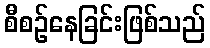
စီစဉ်နေခြင်းဖြစ်သည်